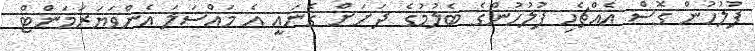
ފުލުހުން ގޮސް އެއްޗެހި ފުލުހުންގެ ބެލުމުގެ ދަށަށް ގެނައީ އެ މައްސަލަ އެންވަޔަރަމަންޓް